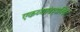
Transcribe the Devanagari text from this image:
एकव्यावहारिक